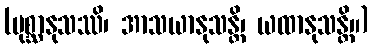
(ပုစ္ဆာနုသဿိ၊ အာသယာနုသန္တိ၊ ယထာနုသန္တိ။)